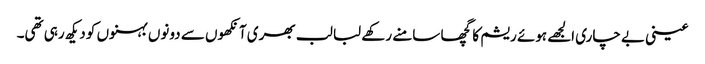
عینی بے چاری الجھے ہوئے ریشم کا گچھا سامنے رکھے لبا لب بھری آنکھوں سے دونوں بہنوں کو دیکھ رہی تھی۔